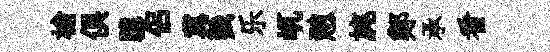
槍俱隳侶冀戮乐屼憩旄鄭承看